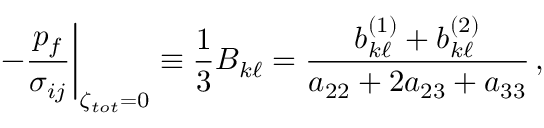
\left. - \frac { p _ { f } } { \sigma _ { i j } } \right| _ { \zeta _ { t o t } = 0 } \equiv \frac { 1 } { 3 } B _ { k \ell } = \frac { b _ { k \ell } ^ { ( 1 ) } + b _ { k \ell } ^ { ( 2 ) } } { a _ { 2 2 } + 2 a _ { 2 3 } + a _ { 3 3 } } \, ,